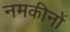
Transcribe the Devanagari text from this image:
नमकीनों